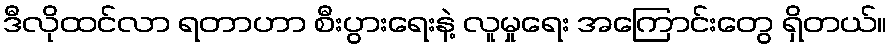
ဒီလိုထင်လာ ရတာဟာ စီးပွားရေးနဲ့ လူမှုရေး အကြောင်းတွေ ရှိတယ်။